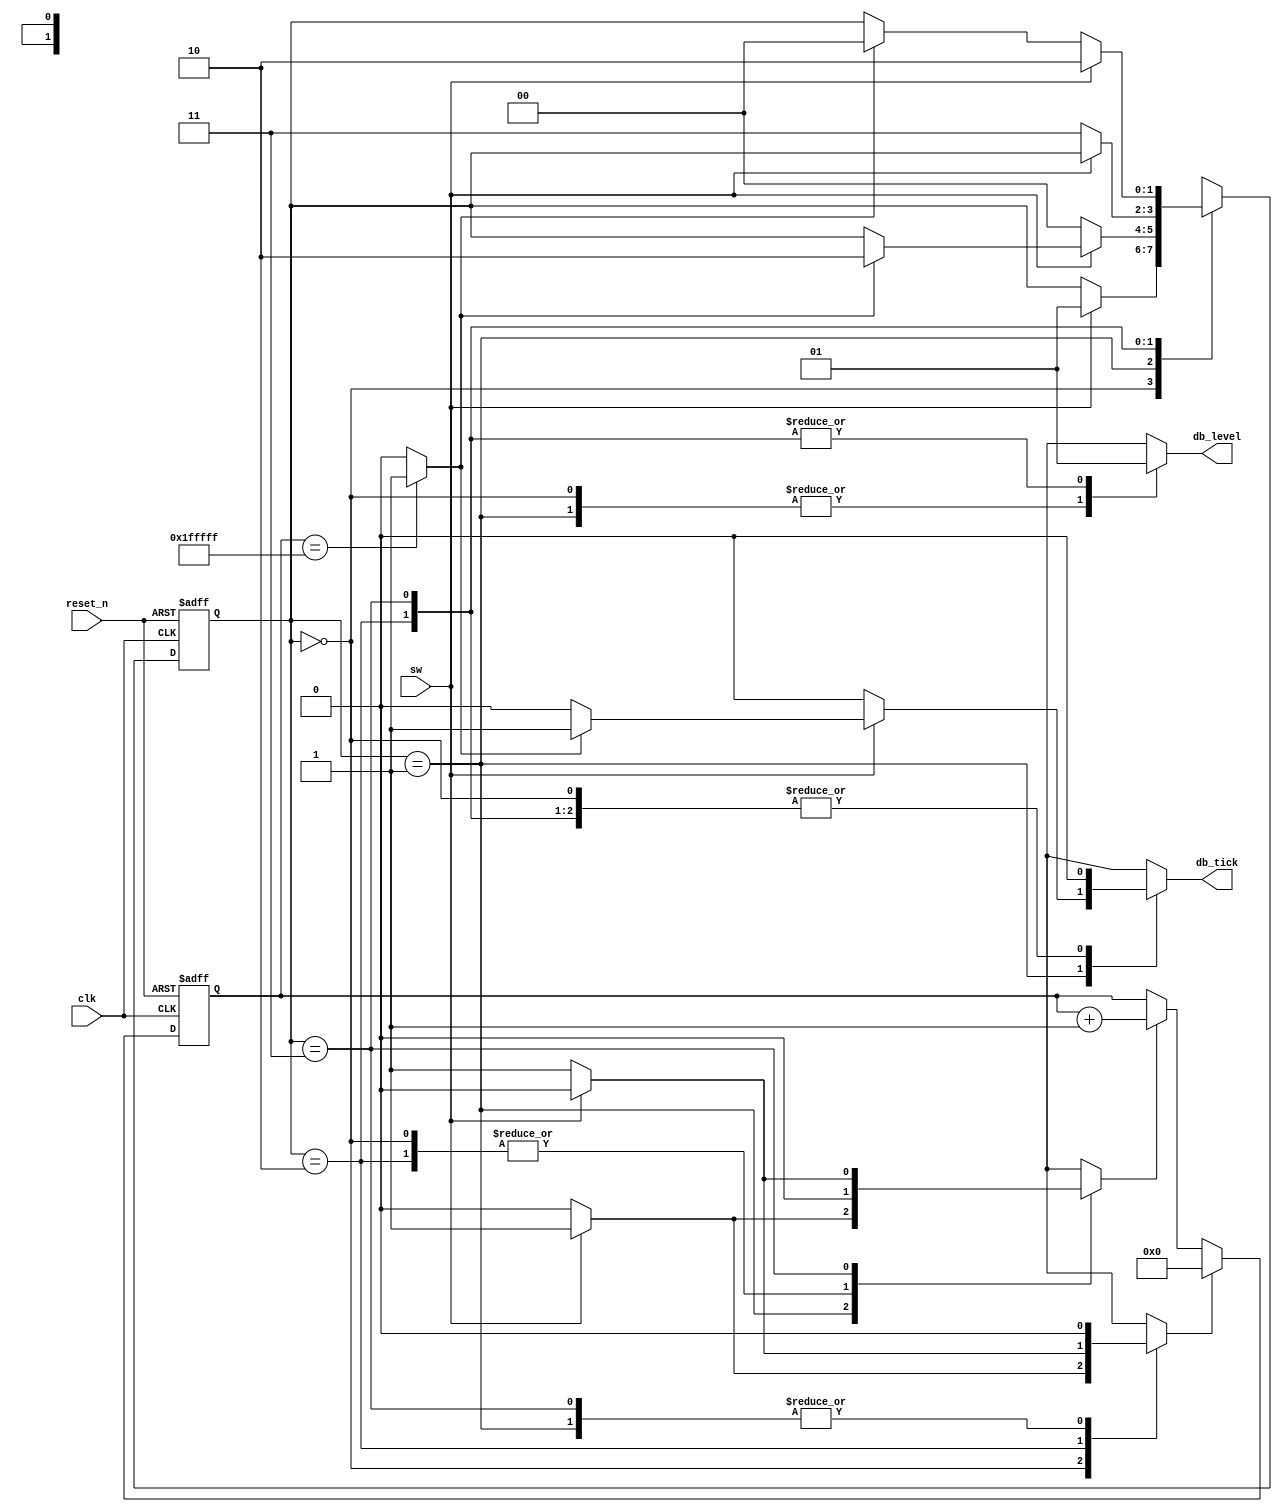
`timescale 1ns / 1ps

module db_fsm(
	input clk,reset_n,
	input sw,
	output reg db_level,db_tick
    );
	 //FSM symbolic declaration
	 localparam[1:0]  idle=2'b00,
							delay0=2'b01,
							one=2'b10,
							delay1=2'b11;
	 localparam N=21; //21 bits is 42ms -> 2^N/50MHz=42ms
	 reg[1:0] state_reg,state_nxt;
	 reg[N-1:0] timer_reg,timer_nxt;
	 reg timer_zero,timer_inc,timer_tick; //control and status signal
	 
	 //FSM and timer register
	 always @(posedge clk,negedge reset_n) begin
		if(!reset_n) begin
			state_reg<=idle;
			timer_reg<=0;
		end
		else begin
			state_reg<=state_nxt;
			timer_reg<=timer_nxt;
		end
	 end
	 
	 //FSM control path next-state logic
	 always @* begin
		state_nxt=state_reg;
		timer_zero=0;
		timer_inc=0;
		db_tick=0;
		db_level=0;       
		
		case(state_reg)
			  idle: if(sw==1) begin
							timer_zero=1; //load the timer with value of zero
							state_nxt=delay0;
					  end
			delay0: if(sw==1) begin
							timer_inc=1;//increment timer by 1
							if(timer_tick) begin //if timer reaches the max(nxt edge will wrap the timer to zero again)
								state_nxt=one; 
								db_tick=1;
							end
					  end
					  else state_nxt=idle;
		      one: begin
							db_level=1;
							if(sw==0) begin
								timer_zero=1;  //load the timer with value of zero
								state_nxt=delay1;
							end
					  end
		   delay1: begin
							db_level=1;
							if(sw==0) begin
								timer_inc=1;
								if(timer_tick) //if timer reaches the max(wherein the nxt edge will wrap the timer to zero again)
									state_nxt=idle;
							end
							else state_nxt=one;
					   end
			 default: state_nxt=idle;
			endcase					
		end
		
		//Datapath(timer) logic and operation
		always @* begin
			timer_nxt=timer_reg;
			if(timer_zero) timer_nxt=0; //load zero 
			else if(timer_inc) timer_nxt=timer_reg+1; //increment by one
			timer_tick=(timer_reg=={N{1'b1}})?1:0; //notify if timer is already at max
		end


endmodule